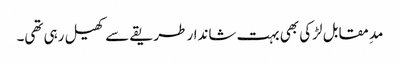
مدِ مقابل لڑکی بھی بہت شاندار طریقے سے کھیل رہی تھی۔